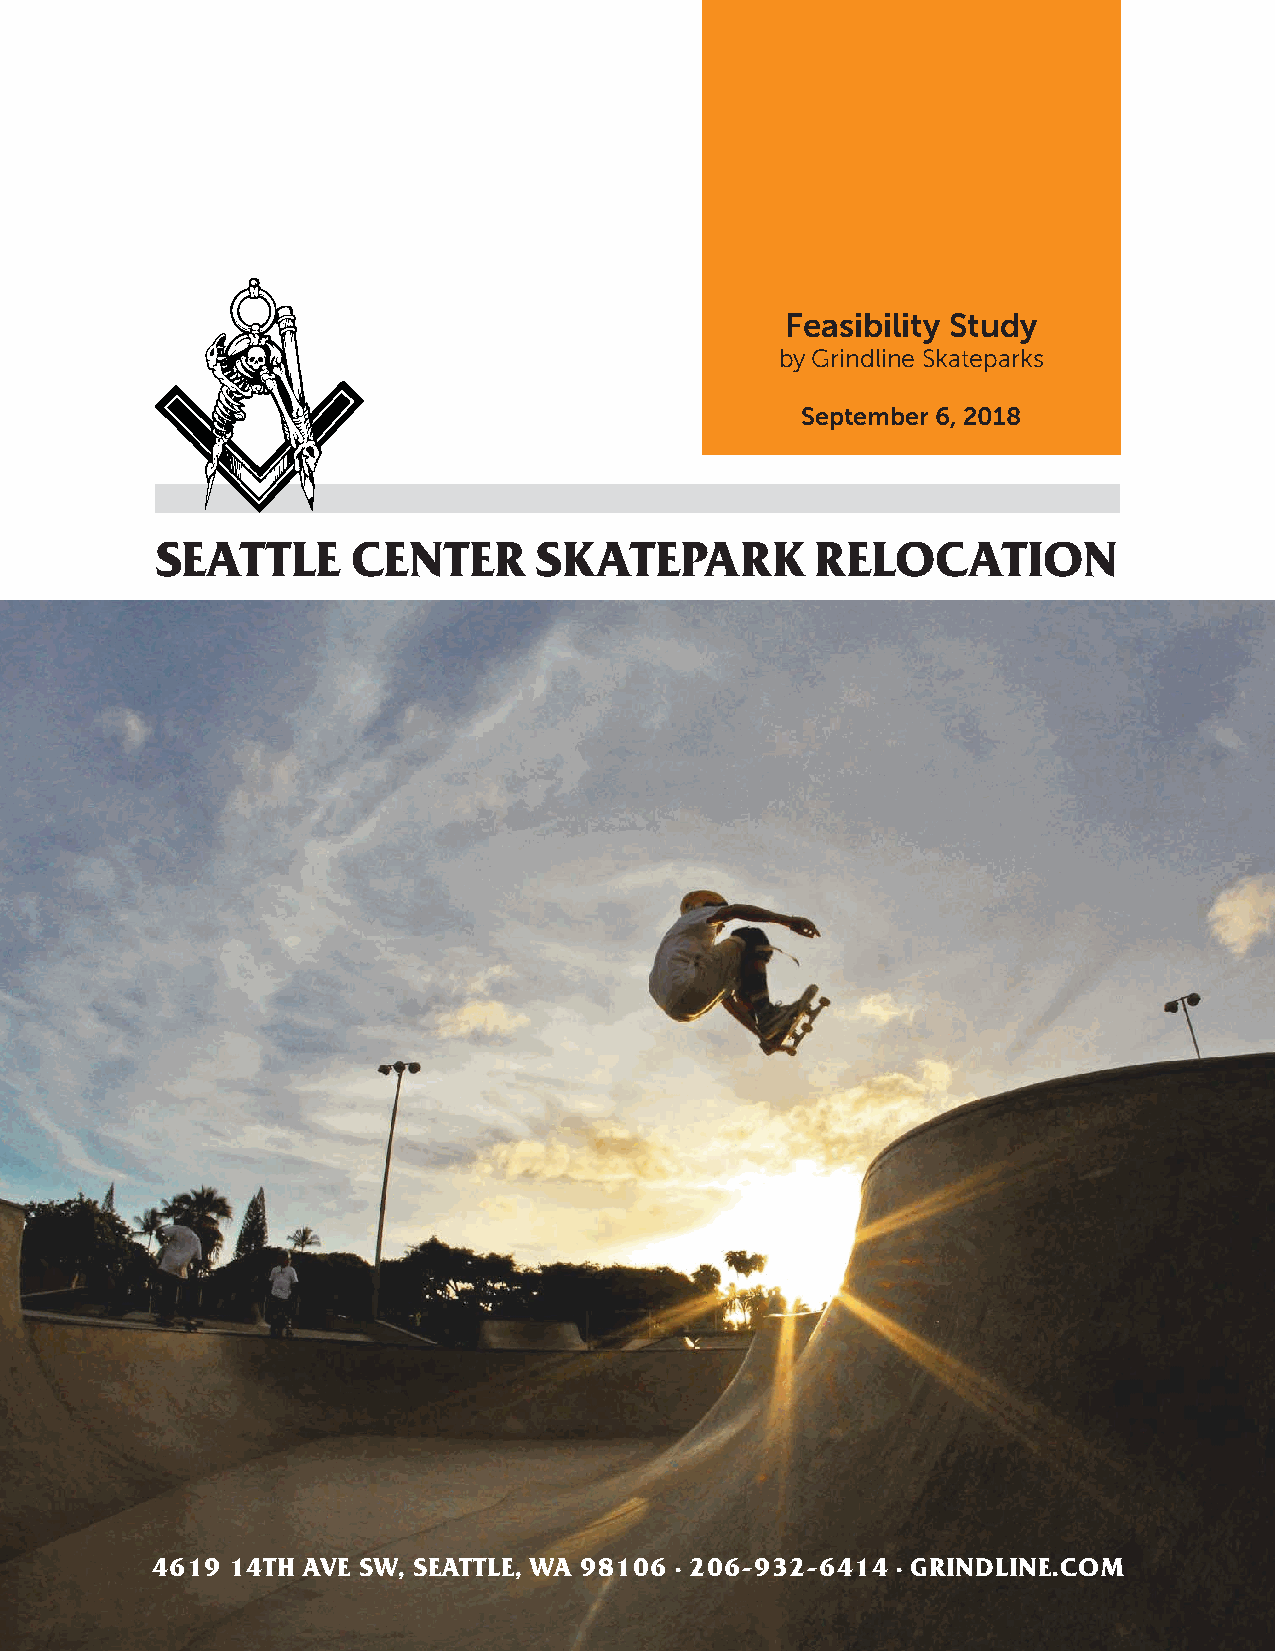
Feasibility Study
 by Grindline Skateparks
 September 6, 2018
 SEATTLE      CENTER      SKATEPARK          RELOCATION
 4619 14TH AVE SW, SEATTLE, WA 98106 . 206-932-6414 . GRINDLINE.COM